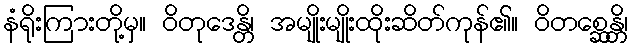
နံရိုးကြားတို့မှ။ ဝိတုဒေန္တိ၊ အမျိုးမျိုးထိုးဆိတ်ကုန်၏။ ဝိတစ္ဆေန္တိ၊